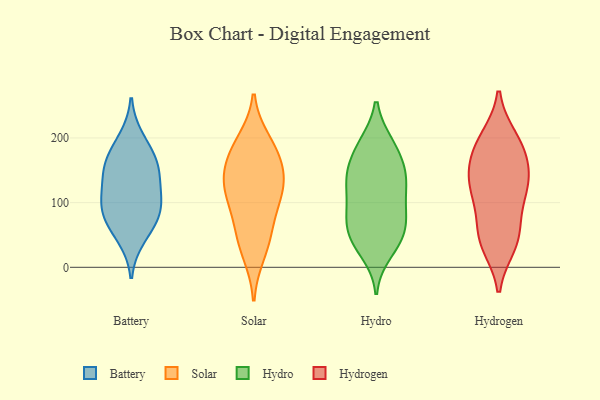
{"axis": {"x": "Operating Costs (USD K)", "y": "Value"}, "legend": ["Battery", "Hydro", "Hydrogen", "Solar"], "data": [{"x": "", "y": 70, "type": "Battery"}, {"x": "", "y": 113, "type": "Battery"}, {"x": "", "y": 98, "type": "Battery"}, {"x": "", "y": 142, "type": "Battery"}, {"x": "", "y": 147, "type": "Battery"}, {"x": "", "y": 46, "type": "Battery"}, {"x": "", "y": 166, "type": "Battery"}, {"x": "", "y": 78, "type": "Battery"}, {"x": "", "y": 96, "type": "Battery"}, {"x": "", "y": 199, "type": "Battery"}, {"x": "", "y": 168, "type": "Battery"}, {"x": "", "y": 182, "type": "Solar"}, {"x": "", "y": 49, "type": "Solar"}, {"x": "", "y": 110, "type": "Solar"}, {"x": "", "y": 113, "type": "Solar"}, {"x": "", "y": 168, "type": "Solar"}, {"x": "", "y": 61, "type": "Solar"}, {"x": "", "y": 22, "type": "Solar"}, {"x": "", "y": 116, "type": "Solar"}, {"x": "", "y": 194, "type": "Solar"}, {"x": "", "y": 135, "type": "Solar"}, {"x": "", "y": 152, "type": "Solar"}, {"x": "", "y": 23, "type": "Hydro"}, {"x": "", "y": 50, "type": "Hydro"}, {"x": "", "y": 68, "type": "Hydro"}, {"x": "", "y": 39, "type": "Hydro"}, {"x": "", "y": 157, "type": "Hydro"}, {"x": "", "y": 86, "type": "Hydro"}, {"x": "", "y": 189, "type": "Hydro"}, {"x": "", "y": 191, "type": "Hydro"}, {"x": "", "y": 86, "type": "Hydro"}, {"x": "", "y": 112, "type": "Hydro"}, {"x": "", "y": 131, "type": "Hydro"}, {"x": "", "y": 190, "type": "Hydro"}, {"x": "", "y": 141, "type": "Hydro"}, {"x": "", "y": 39, "type": "Hydro"}, {"x": "", "y": 145, "type": "Hydro"}, {"x": "", "y": 124, "type": "Hydro"}, {"x": "", "y": 56, "type": "Hydro"}, {"x": "", "y": 83, "type": "Hydro"}, {"x": "", "y": 151, "type": "Hydro"}, {"x": "", "y": 58, "type": "Hydrogen"}, {"x": "", "y": 129, "type": "Hydrogen"}, {"x": "", "y": 133, "type": "Hydrogen"}, {"x": "", "y": 152, "type": "Hydrogen"}, {"x": "", "y": 197, "type": "Hydrogen"}, {"x": "", "y": 40, "type": "Hydrogen"}, {"x": "", "y": 178, "type": "Hydrogen"}, {"x": "", "y": 133, "type": "Hydrogen"}, {"x": "", "y": 45, "type": "Hydrogen"}, {"x": "", "y": 112, "type": "Hydrogen"}, {"x": "", "y": 178, "type": "Hydrogen"}, {"x": "", "y": 199, "type": "Hydrogen"}, {"x": "", "y": 35, "type": "Hydrogen"}, {"x": "", "y": 98, "type": "Hydrogen"}]}